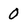
Character: 0